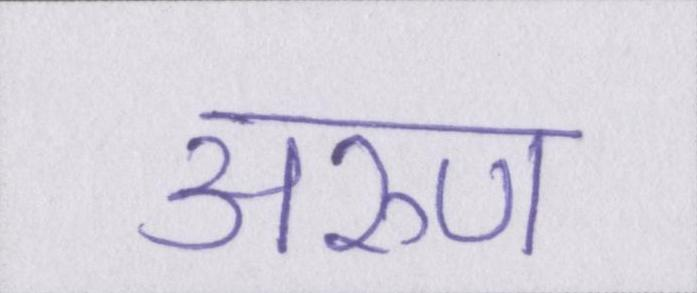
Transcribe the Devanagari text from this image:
अरुण